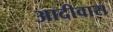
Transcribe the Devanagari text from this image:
आदीवास